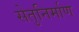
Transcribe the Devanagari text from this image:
सेतुनिर्माण